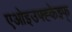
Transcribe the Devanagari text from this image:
एओइउफ्ह्केझ्फ्